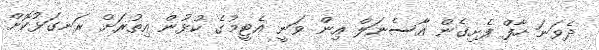
ދެވަނަ ހާފް ފެށިގެން އާސެނަލް އިން ވަނީ އެޓީމުގެ ކުޅުން އިތުރަށް ރަނގަޅުކޮށް